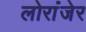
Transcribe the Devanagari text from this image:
लोरांंजेर